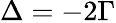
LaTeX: \Delta=-2\Gamma